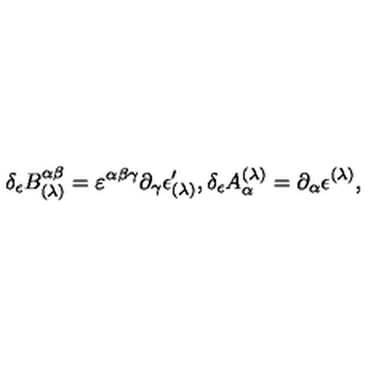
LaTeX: \delta _ { \epsilon } B _ { ( \lambda ) } ^ { \alpha \beta } = \varepsilon ^ { \alpha \beta \gamma } \partial _ { \gamma } \epsilon _ { ( \lambda ) } ^ { \prime } , \delta _ { \epsilon } A _ { \alpha } ^ { ( \lambda ) } = \partial _ { \alpha } \epsilon ^ { ( \lambda ) } ,